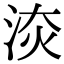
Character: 𣵩